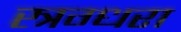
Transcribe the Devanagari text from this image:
स्त्रग्धरा